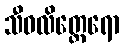
သီဝလိတ္ထေရော